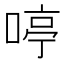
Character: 𠷥